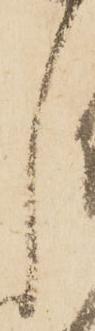
し